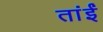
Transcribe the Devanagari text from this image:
तांईं